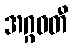
အဂ္ဂဝတီ